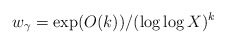
\begin{align*} w_\gamma = \exp( O(k) ) / (\log\log X)^k\end{align*}